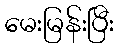
မေးမြန်းပြီး